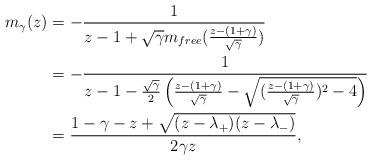
LaTeX: \begin{align*}m_\gamma(z) &= -\frac{1}{z - 1 + \sqrt{\gamma}m_{free} (\frac{z - (1 + \gamma)}{ \sqrt{\gamma}})} \\ &= -\frac{1}{z - 1 - \frac{\sqrt{\gamma}}{2} \left(\frac{z - (1 +\gamma)}{\sqrt{\gamma}} - \sqrt{(\frac{z - (1+ \gamma)}{\sqrt\gamma})^2 - 4} \right)} \\ &= \frac{1 - \gamma - z + \sqrt{(z - \lambda_+)(z - \lambda_-)}}{2\gamma z},\end{align*}